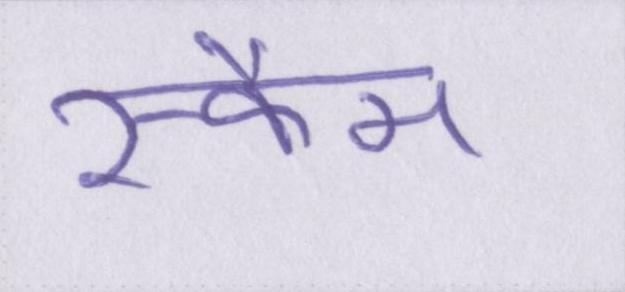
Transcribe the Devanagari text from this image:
स्कैम